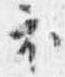
衣